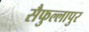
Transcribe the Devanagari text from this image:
सैफुल्लापुर